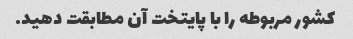
کشور مربوطه را با پایتخت آن مطابقت دهید.